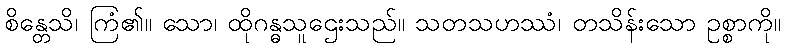
စိန္တေသိ၊ ကြံ၏။ သော၊ ထိုဂန္ဓသူဌေးသည်။ သတသဟဿံ၊ တသိန်းသော ဥစ္စာကို။